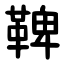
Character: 鞞